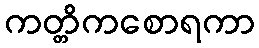
ကတ္တိကစောရကာ